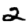
Digit: 2